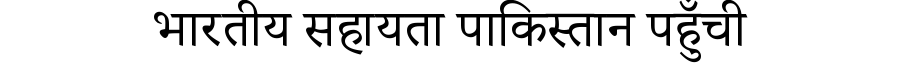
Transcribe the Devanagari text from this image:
भारतीय सहायता पाकिस्तान पहुँची